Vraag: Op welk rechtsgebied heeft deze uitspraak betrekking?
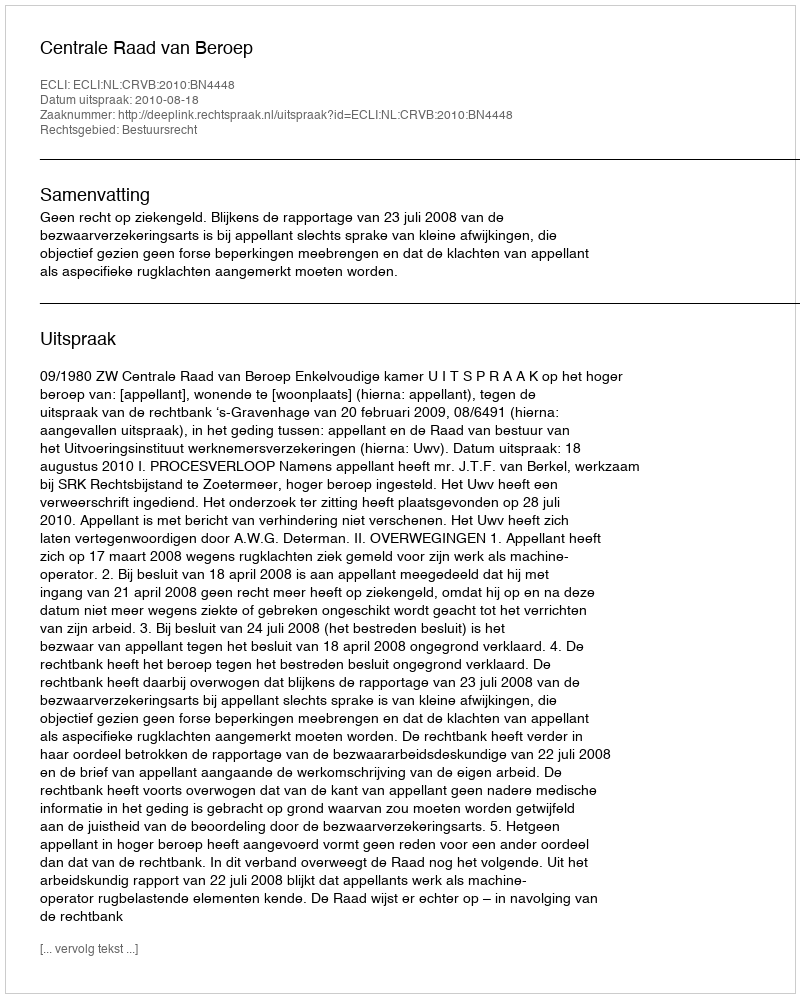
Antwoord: Bestuursrecht